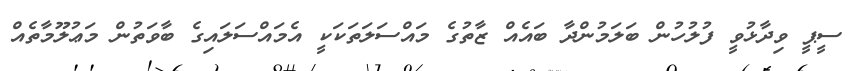
ސީޕީ ވިދާޅުވީ ފުލުހުން ބަލަމުންދާ ބައެއް ޒާތުގެ މައްސަލަތަކަކީ އެމައްސަލައިގެ ބާވަތުން މަޢުލޫމާތެއް